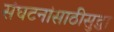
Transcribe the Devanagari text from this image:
संघटनांसाठीसुद्धा